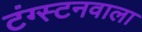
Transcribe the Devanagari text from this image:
टंग्स्टनवाला